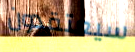
سيعتقدون